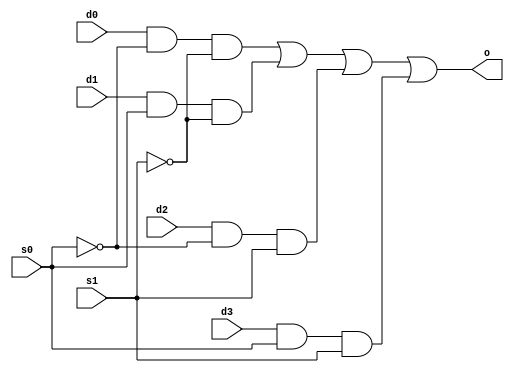
// mux4x1.v, 4x1 muxer, gate synthesis
//
// how to compile: ~changw/ivl/bin/iverilog decoder1x2.v
// how to run: ./a.out

module MuxMod(s1, s0, d0, d1, d2, d3, o); // module definition
   input s1, s0, d0, d1, d2, d3;
   output o;

   wire s1_inv, s0_inv, and0, and1, and2, and3;

   not(s1_inv, s1);
   not(s0_inv, s0);

   and(and0, d0, s0_inv, s1_inv);
   and(and1, d1, s0, s1_inv);
   and(and2, d2, s0_inv, s1);
   and(and3, d3, s0, s1);
   or(o, and0, and1, and2, and3);

endmodule

module TestMod; 
   reg s1, s0, d0, d1, d2, d3;       
   wire o;                          

   MuxMod my_muxer(s1, s0, d0, d1, d2, d3, o); // create instance

   initial begin
      $monitor("%0d\t%b\t%b\t%b\t%b\t%b\t%b\t%b", $time, s1, s0, d0, d1, d2, d3, o);
      $display("Time\ts1\ts0\td0\td1\td1\td1\to");
      $display("-----------------------------------------------------------------");
   end

   initial begin
      s1 = 0; s0 = 0; d0 = 0; d1 = 0; d2 = 0; d3 = 0;
      #1;
      s1 = 0; s0 = 0; d0 = 0; d1 = 0; d2 = 0; d3 = 1;
      #1;
      s1 = 0; s0 = 0; d0 = 0; d1 = 0; d2 = 1; d3 = 0;
      #1;
      s1 = 0; s0 = 0; d0 = 0; d1 = 0; d2 = 1; d3 = 1;
      #1;
      s1 = 0; s0 = 0; d0 = 0; d1 = 1; d2 = 0; d3 = 0;
      #1;
      s1 = 0; s0 = 0; d0 = 0; d1 = 1; d2 = 0; d3 = 1;
      #1;
      s1 = 0; s0 = 0; d0 = 0; d1 = 1; d2 = 1; d3 = 0;
      #1;
      s1 = 0; s0 = 0; d0 = 0; d1 = 1; d2 = 1; d3 = 1;
      #1;
      s1 = 0; s0 = 0; d0 = 1; d1 = 0; d2 = 0; d3 = 0;
      #1;
      s1 = 0; s0 = 0; d0 = 1; d1 = 0; d2 = 0; d3 = 1;
      #1;
      s1 = 0; s0 = 0; d0 = 1; d1 = 0; d2 = 1; d3 = 0;
      #1;
      s1 = 0; s0 = 0; d0 = 1; d1 = 0; d2 = 1; d3 = 1;
      #1;
      s1 = 0; s0 = 0; d0 = 1; d1 = 1; d2 = 0; d3 = 0;
      #1;
      s1 = 0; s0 = 0; d0 = 1; d1 = 1; d2 = 0; d3 = 1;
      #1;
      s1 = 0; s0 = 0; d0 = 1; d1 = 1; d2 = 1; d3 = 0;
      #1;
      s1 = 0; s0 = 0; d0 = 1; d1 = 1; d2 = 1; d3 = 1;
      #1;
      s1 = 0; s0 = 1; d0 = 0; d1 = 0; d2 = 0; d3 = 0;
      #1;
      s1 = 0; s0 = 1; d0 = 0; d1 = 0; d2 = 0; d3 = 1;
      #1;
      s1 = 0; s0 = 1; d0 = 0; d1 = 0; d2 = 1; d3 = 0;
      #1;
      s1 = 0; s0 = 1; d0 = 0; d1 = 0; d2 = 1; d3 = 1;
      #1;
      s1 = 0; s0 = 1; d0 = 0; d1 = 1; d2 = 0; d3 = 0;
      #1;
      s1 = 0; s0 = 1; d0 = 0; d1 = 1; d2 = 0; d3 = 1;
      #1;
      s1 = 0; s0 = 1; d0 = 0; d1 = 1; d2 = 1; d3 = 0;
      #1;
      s1 = 0; s0 = 1; d0 = 0; d1 = 1; d2 = 1; d3 = 1;
      #1;
      s1 = 0; s0 = 1; d0 = 1; d1 = 0; d2 = 0; d3 = 0;
      #1;
      s1 = 0; s0 = 1; d0 = 1; d1 = 0; d2 = 0; d3 = 1;
      #1;
      s1 = 0; s0 = 1; d0 = 1; d1 = 0; d2 = 1; d3 = 0;
      #1;
      s1 = 0; s0 = 1; d0 = 1; d1 = 0; d2 = 1; d3 = 1;
      #1;
      s1 = 0; s0 = 1; d0 = 1; d1 = 1; d2 = 0; d3 = 0;
      #1;
      s1 = 0; s0 = 1; d0 = 1; d1 = 1; d2 = 0; d3 = 1;
      #1;
      s1 = 0; s0 = 1; d0 = 1; d1 = 1; d2 = 1; d3 = 0;
      #1;
      s1 = 0; s0 = 1; d0 = 1; d1 = 1; d2 = 1; d3 = 1;
      #1;
      s1 = 1; s0 = 0; d0 = 0; d1 = 0; d2 = 0; d3 = 0;
      #1;
      s1 = 1; s0 = 0; d0 = 0; d1 = 0; d2 = 0; d3 = 1;
      #1;
      s1 = 1; s0 = 0; d0 = 0; d1 = 0; d2 = 1; d3 = 0;
      #1;
      s1 = 1; s0 = 0; d0 = 0; d1 = 0; d2 = 1; d3 = 1;
      #1;
      s1 = 1; s0 = 0; d0 = 0; d1 = 1; d2 = 0; d3 = 0;
      #1;
      s1 = 1; s0 = 0; d0 = 0; d1 = 1; d2 = 0; d3 = 1;
      #1;
      s1 = 1; s0 = 0; d0 = 0; d1 = 1; d2 = 1; d3 = 0;
      #1;
      s1 = 1; s0 = 0; d0 = 0; d1 = 1; d2 = 1; d3 = 1;
      #1;
      s1 = 1; s0 = 0; d0 = 1; d1 = 0; d2 = 0; d3 = 0;
      #1;
      s1 = 1; s0 = 0; d0 = 1; d1 = 0; d2 = 0; d3 = 1;
      #1;
      s1 = 1; s0 = 0; d0 = 1; d1 = 0; d2 = 1; d3 = 0;
      #1;
      s1 = 1; s0 = 0; d0 = 1; d1 = 0; d2 = 1; d3 = 1;
      #1;
      s1 = 1; s0 = 0; d0 = 1; d1 = 1; d2 = 0; d3 = 0;
      #1;
      s1 = 1; s0 = 0; d0 = 1; d1 = 1; d2 = 0; d3 = 1;
      #1;
      s1 = 1; s0 = 0; d0 = 1; d1 = 1; d2 = 1; d3 = 0;
      #1;
      s1 = 1; s0 = 0; d0 = 1; d1 = 1; d2 = 1; d3 = 1;
      #1;
      s1 = 1; s0 = 1; d0 = 0; d1 = 0; d2 = 0; d3 = 0;
      #1;
      s1 = 1; s0 = 1; d0 = 0; d1 = 0; d2 = 0; d3 = 1;
      #1;
      s1 = 1; s0 = 1; d0 = 0; d1 = 0; d2 = 1; d3 = 0;
      #1;
      s1 = 1; s0 = 1; d0 = 0; d1 = 0; d2 = 1; d3 = 1;
      #1;
      s1 = 1; s0 = 1; d0 = 0; d1 = 1; d2 = 0; d3 = 0;
      #1;
      s1 = 1; s0 = 1; d0 = 0; d1 = 1; d2 = 0; d3 = 1;
      #1;
      s1 = 1; s0 = 1; d0 = 0; d1 = 1; d2 = 1; d3 = 0;
      #1;
      s1 = 1; s0 = 1; d0 = 0; d1 = 1; d2 = 1; d3 = 1;
      #1;
      s1 = 1; s0 = 1; d0 = 1; d1 = 0; d2 = 0; d3 = 0;
      #1;
      s1 = 1; s0 = 1; d0 = 1; d1 = 0; d2 = 0; d3 = 1;
      #1;
      s1 = 1; s0 = 1; d0 = 1; d1 = 0; d2 = 1; d3 = 0;
      #1;
      s1 = 1; s0 = 1; d0 = 1; d1 = 0; d2 = 1; d3 = 1;
      #1;
      s1 = 1; s0 = 1; d0 = 1; d1 = 1; d2 = 0; d3 = 0;
      #1;
      s1 = 1; s0 = 1; d0 = 1; d1 = 1; d2 = 0; d3 = 1;
      #1;
      s1 = 1; s0 = 1; d0 = 1; d1 = 1; d2 = 1; d3 = 0;
      #1;
      s1 = 1; s0 = 1; d0 = 1; d1 = 1; d2 = 1; d3 = 1;      
      #1;
   end
endmodule